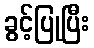
ခွင့်ပြုပြီး